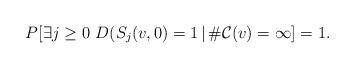
LaTeX: \begin{align*} P[\exists j\ge 0\ D(S_j(v,0)=1\,|\,\#{\cal C}(v)=\infty]=1.\end{align*}